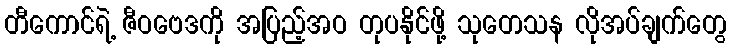
တီကောင်ရဲ့ ဇီဝဗေဒကို အပြည့်အဝ တုပနိုင်ဖို့ သုတေသန လိုအပ်ချက်တွေ